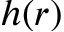
h ( r )